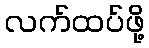
လက်ထပ်ဖို့